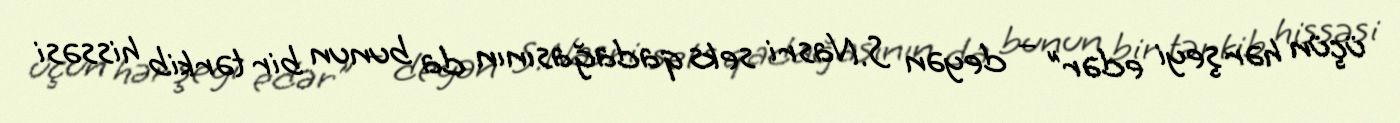
üçün hər şeyi edər” – deyən S.Nasri seks qadağasının da bunun bir tərkib hissəsi